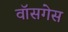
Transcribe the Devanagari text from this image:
वॉसगेस